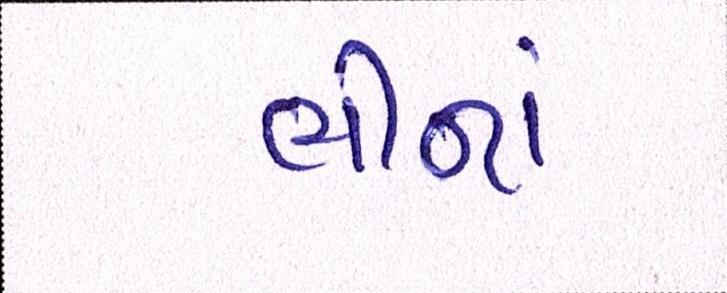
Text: ભીનાં